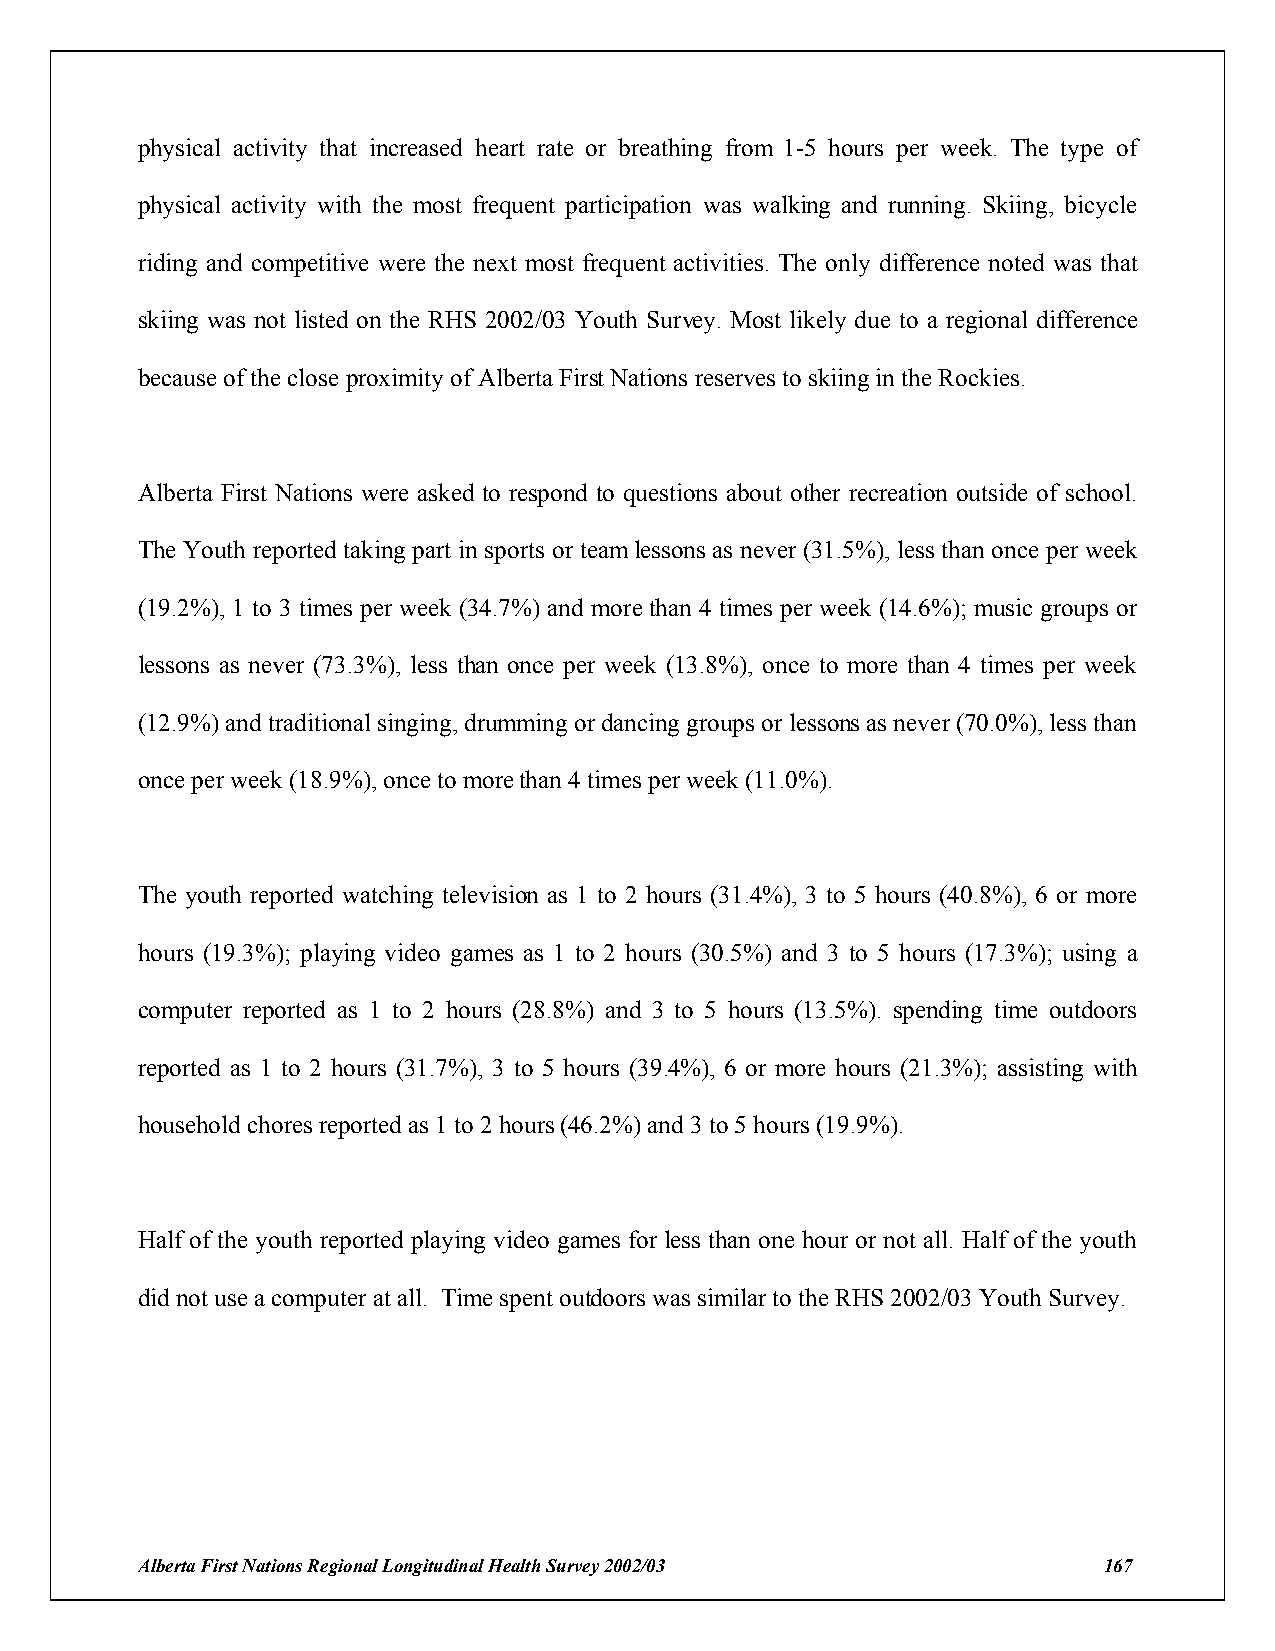
physical activity that increased heart rate or breathing from 1-5 hours per week. The type of
 physical activity with the most frequent participation was walking and running. Skiing, bicycle
 riding and competitive were the next most frequent activities. The only difference noted was that
 skiing was not listed on the RHS 2002/03 Youth Survey. Most likely due to a regional difference
 because of the close proximity of Alberta First Nations reserves to skiing in the Rockies.
 Alberta First Nations were asked to respond to questions about other recreation outside of school.
 The Youth reported taking part in sports or team lessons as never (31.5%), less than once per week
 (19.2%), 1 to 3 times per week (34.7%) and more than 4 times per week (14.6%); music groups or
 lessons as never (73.3%), less than once per week (13.8%), once to more than 4 times per week
 (12.9%) and traditional singing, drumming or dancing groups or lessons as never (70.0%), less than
 once per week (18.9%), once to more than 4 times per week (11.0%).
 The youth reported watching television as 1 to 2 hours (31.4%), 3 to 5 hours (40.8%), 6 or more
 hours (19.3%); playing video games as 1 to 2 hours (30.5%) and 3 to 5 hours (17.3%); using a
 computer reported as 1 to 2 hours (28.8%) and 3 to 5 hours (13.5%). spending time outdoors
 reported as 1 to 2 hours (31.7%), 3 to 5 hours (39.4%), 6 or more hours (21.3%); assisting with
 household chores reported as 1 to 2 hours (46.2%) and 3 to 5 hours (19.9%).
 Half of the youth reported playing video games for less than one hour or not all. Half of the youth
 did not use a computer at all. Time spent outdoors was similar to the RHS 2002/03 Youth Survey.
 Alberta First Nations Regional Longitudinal Health Survey 2002/03 167